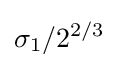
\sigma _{1}/2^{2/3}